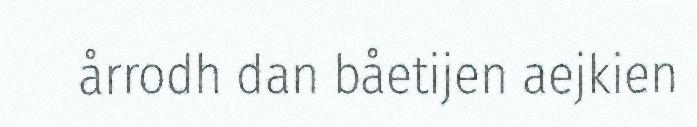
årrodh dan båetijen aejkien